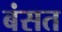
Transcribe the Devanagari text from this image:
बंसत